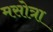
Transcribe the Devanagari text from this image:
मसोत्रा